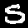
Digit: 5